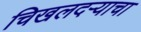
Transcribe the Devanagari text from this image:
चिखलदर्‍याचा